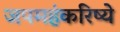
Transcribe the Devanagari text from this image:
जपमहंकरिष्ये